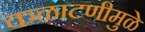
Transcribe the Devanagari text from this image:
कळाटणीमुळे